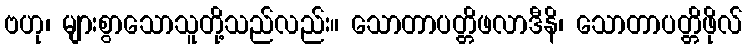
ဗဟု၊ များစွာသောသူတို့သည်လည်း။ သောတာပတ္တိဖလာဒီနိ၊ သောတာပတ္တိဖိုလ်